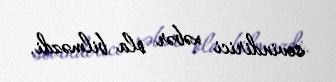
sevindirici xəbər ola bilməzdi.